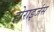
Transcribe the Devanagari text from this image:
होराइजंस